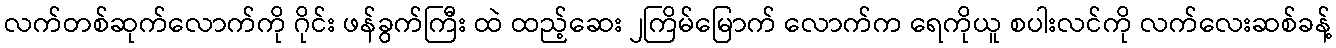
လက်တစ်ဆုက်လောက်ကို ဂိုင်း ဖန်ခွက်ကြီး ထဲ ထည့်ဆေး ၂ကြိမ်မြောက် လောက်က ရေကိုယူ စပါးလင်ကို လက်လေးဆစ်ခန့်